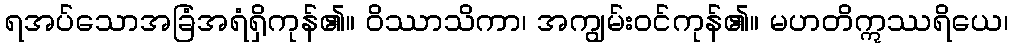
ရအပ်သောအခြံအရံရှိကုန်၏။ ဝိဿာသိကာ၊ အကျွမ်းဝင်ကုန်၏။ မဟတိဣဿရိယေ၊